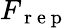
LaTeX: F_{\mathrm{~r~e~p~}}